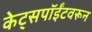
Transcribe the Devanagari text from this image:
केट्सपॉईंटवरून